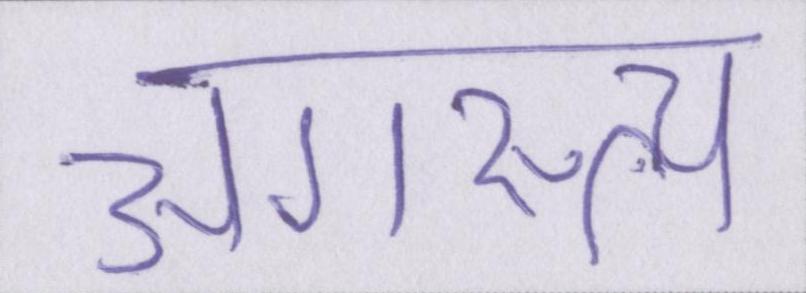
अगस्त्य